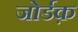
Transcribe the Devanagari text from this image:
जोर्डक़